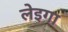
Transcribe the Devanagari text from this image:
लेइगा